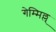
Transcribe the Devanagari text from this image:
गेम्मिल्ल्